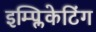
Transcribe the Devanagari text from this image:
इम्प्लिकेटिंग